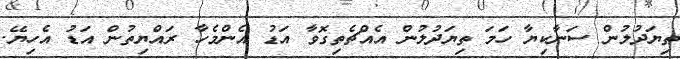
ތިޔަދުލުން ސަނާކިޔާ ހަމަ ތިޔަދުލުން އެއްޗެތިގޮވާ އަޑު އެންމެހާ ރައްޔިތުން އަޑު އެހިޔޭ.